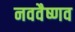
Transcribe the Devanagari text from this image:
नववैष्णव